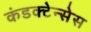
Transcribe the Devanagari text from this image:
कंडक्टेन्सेस